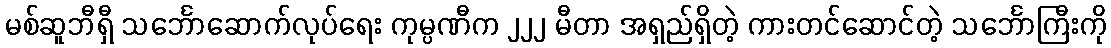
မစ်ဆူဘီရှီ သင်္ဘောဆောက်လုပ်ရေး ကုမ္ပဏီက ၂၂၂ မီတာ အရှည်ရှိတဲ့ ကားတင်ဆောင်တဲ့ သင်္ဘောကြီးကို